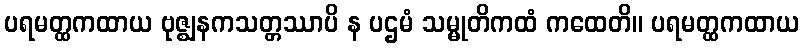
ပရမတ္ထကထာယ ဗုဇ္ဈနကသတ္တဿာပိ န ပဌမံ သမ္မုတိကထံ ကထေတိ။ ပရမတ္ထကထာယ